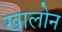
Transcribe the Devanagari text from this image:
खालोन